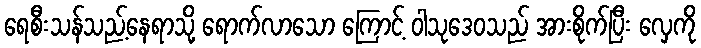
ရေစီးသန်သည့်နေရာသို့ ရောက်လာသော ကြောင့် ဝါသုဒေဝသည် အားစိုက်ပြီး လှေကို